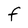
Character: F